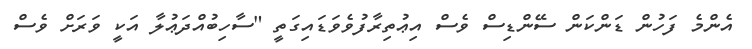
އެންމެ ފަހުން ޑަންކަން ސޭންޑިސް ވެސް އިޢުތިރާފުވެވަޑައިގަތީ "ސާހިބުއްދަޢުލާ އަކީ ވަރަށް ވެސް